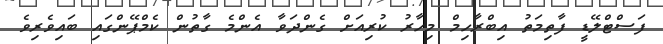
ފަސްޓްލޭޑީ ފާތިމަތު އިބްރާހިމް މިހާރު ކުރިއަށް ގެންދަވާ އެންމެ ގާތުން ކެމްޕޭންގައި ބައިވެރިވެ